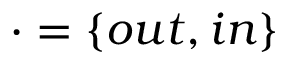
\cdot = \{ o u t , i n \}